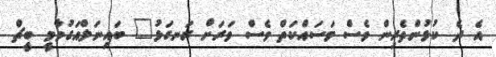
އެ ދެ ކުޅުންތެރިން ވެސް މަސައްކަތް ވެސް ވަރަށް ރަނގަޅު" ބައިނަލްއަގުވާމީ ބީޗް